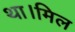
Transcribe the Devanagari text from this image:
था।मिल